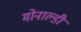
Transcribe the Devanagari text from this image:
मोनाल्डी